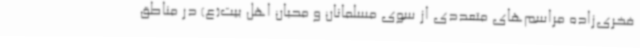
فخری‌زاده مراسم‌های متعددی از سوی مسلمانان و محبان اهل بیت(ع) در مناطق